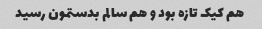
هم کیک تازه بود و هم سالم بدستمون رسید